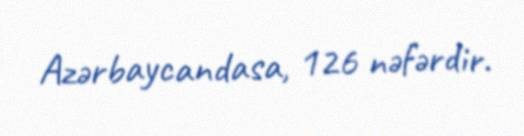
Azərbaycandasa, 126 nəfərdir.